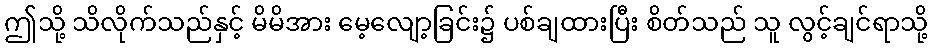
ဤသို့ သိလိုက်သည်နှင့် မိမိအား မေ့လျော့ခြင်း၌ ပစ်ချထားပြီး စိတ်သည် သူ လွင့်ချင်ရာသို့